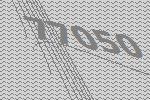
77050